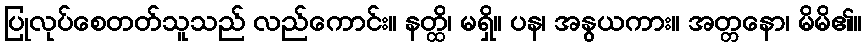
ပြုလုပ်စေတတ်သူသည် လည်ကောင်း။ နတ္ထိ၊ မရှိ။ ပန၊ အနွယကား။ အတ္တနော၊ မိမိ၏။